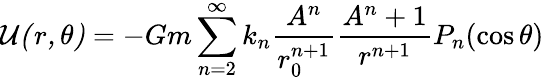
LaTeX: {\cal{{U}(r,\theta)}}=-Gm\sum_{n=2}^{\infty}k_{n}{\frac{A^{n}}{r_{0}^{n+1}}}{\frac{A^{n}+1}{r^{n+1}}}P_{n}(\cos\theta)